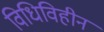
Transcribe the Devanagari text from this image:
विधिविहीन